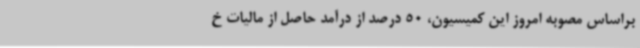
براساس مصوبه امروز این کمیسیون، 50 درصد از درآمد حاصل از مالیات خ